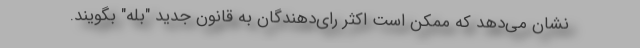
نشان می‌دهد که ممکن است اکثر رای‌دهندگان به قانون جدید "بله" بگویند.